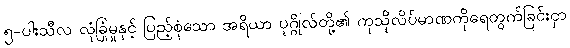
၅-ပါးသီလ လုံခြုံမှုနှင့် ပြည့်စုံသော အရိယာ ပုဂ္ဂိုလ်တို့၏ ကုသိုလိပ်မာဏကိုရေတွက်ခြင်းငှာ